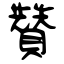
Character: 贊